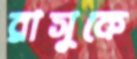
রাসুকে